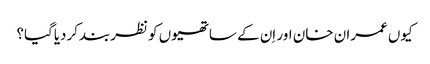
کیوں عمران خان اور اِن کے ساتھیوں کو نظربندکردیاگیا؟